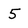
Character: 5